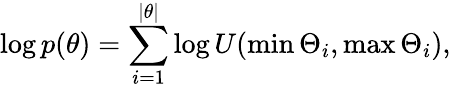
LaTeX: \log p(\theta)=\sum_{i=1}^{|\theta|}\log U(\operatorname*{min}\Theta_{i},\operatorname*{max}\Theta_{i}),